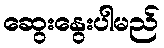
ဆွေးနွေးပါမည်